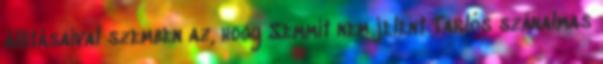
állításaival szemben az, hogy Semmit nem jelent Tarlós szánalmas